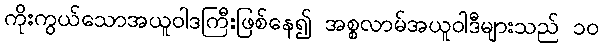
ကိုးကွယ်သောအယူဝါဒကြီးဖြစ်နေ၍ အစ္စလာမ်အယူဝါဒီများသည် ၁၀